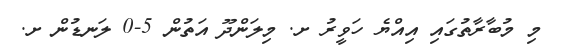
މި މުބާރާތުގައި އިއްޔެ ހަވީރު ށ. މިލަންދޫ އަތުން 5-0 ލަނޑުން ށ.